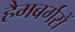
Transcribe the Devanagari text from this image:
हैमबर्गरों